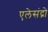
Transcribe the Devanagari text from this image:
एलेसंद्रो